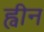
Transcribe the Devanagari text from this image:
ह्वीन